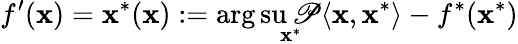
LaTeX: f^{\prime}(\mathbf{x})=\mathbf{x}^{*}(\mathbf{x}):=\arg\operatorname*{su\mathscr{P}}_{\mathbf{x}^{*}}{\langle\mathbf{x},\mathbf{x}^{*}\rangle}-f^{*}(\mathbf{x}^{*})